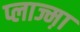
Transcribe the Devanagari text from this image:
प्लाज्म़ा